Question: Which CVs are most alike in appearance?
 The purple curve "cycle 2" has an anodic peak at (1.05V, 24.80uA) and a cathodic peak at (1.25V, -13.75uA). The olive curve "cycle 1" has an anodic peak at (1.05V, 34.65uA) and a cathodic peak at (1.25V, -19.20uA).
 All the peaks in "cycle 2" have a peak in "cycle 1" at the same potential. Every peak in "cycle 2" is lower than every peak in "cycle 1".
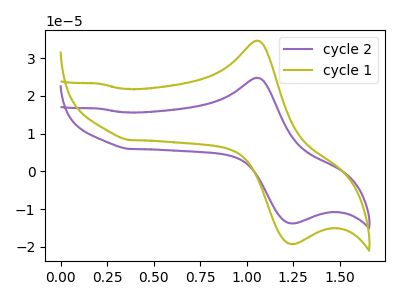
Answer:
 <answer>"cycle 1" and "cycle 2" have the same shape and are likely CV's of the same chemical.</answer>
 <eval>"cycle 1" "cycle 2"</eval>